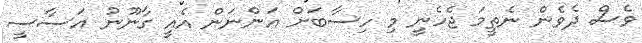
ވެސް ދެވެން ނެތީމަ ޖެހެނީ މި ހިސާބަށް އަންނަން އެއީ ގާނޫނު އަސާސީ